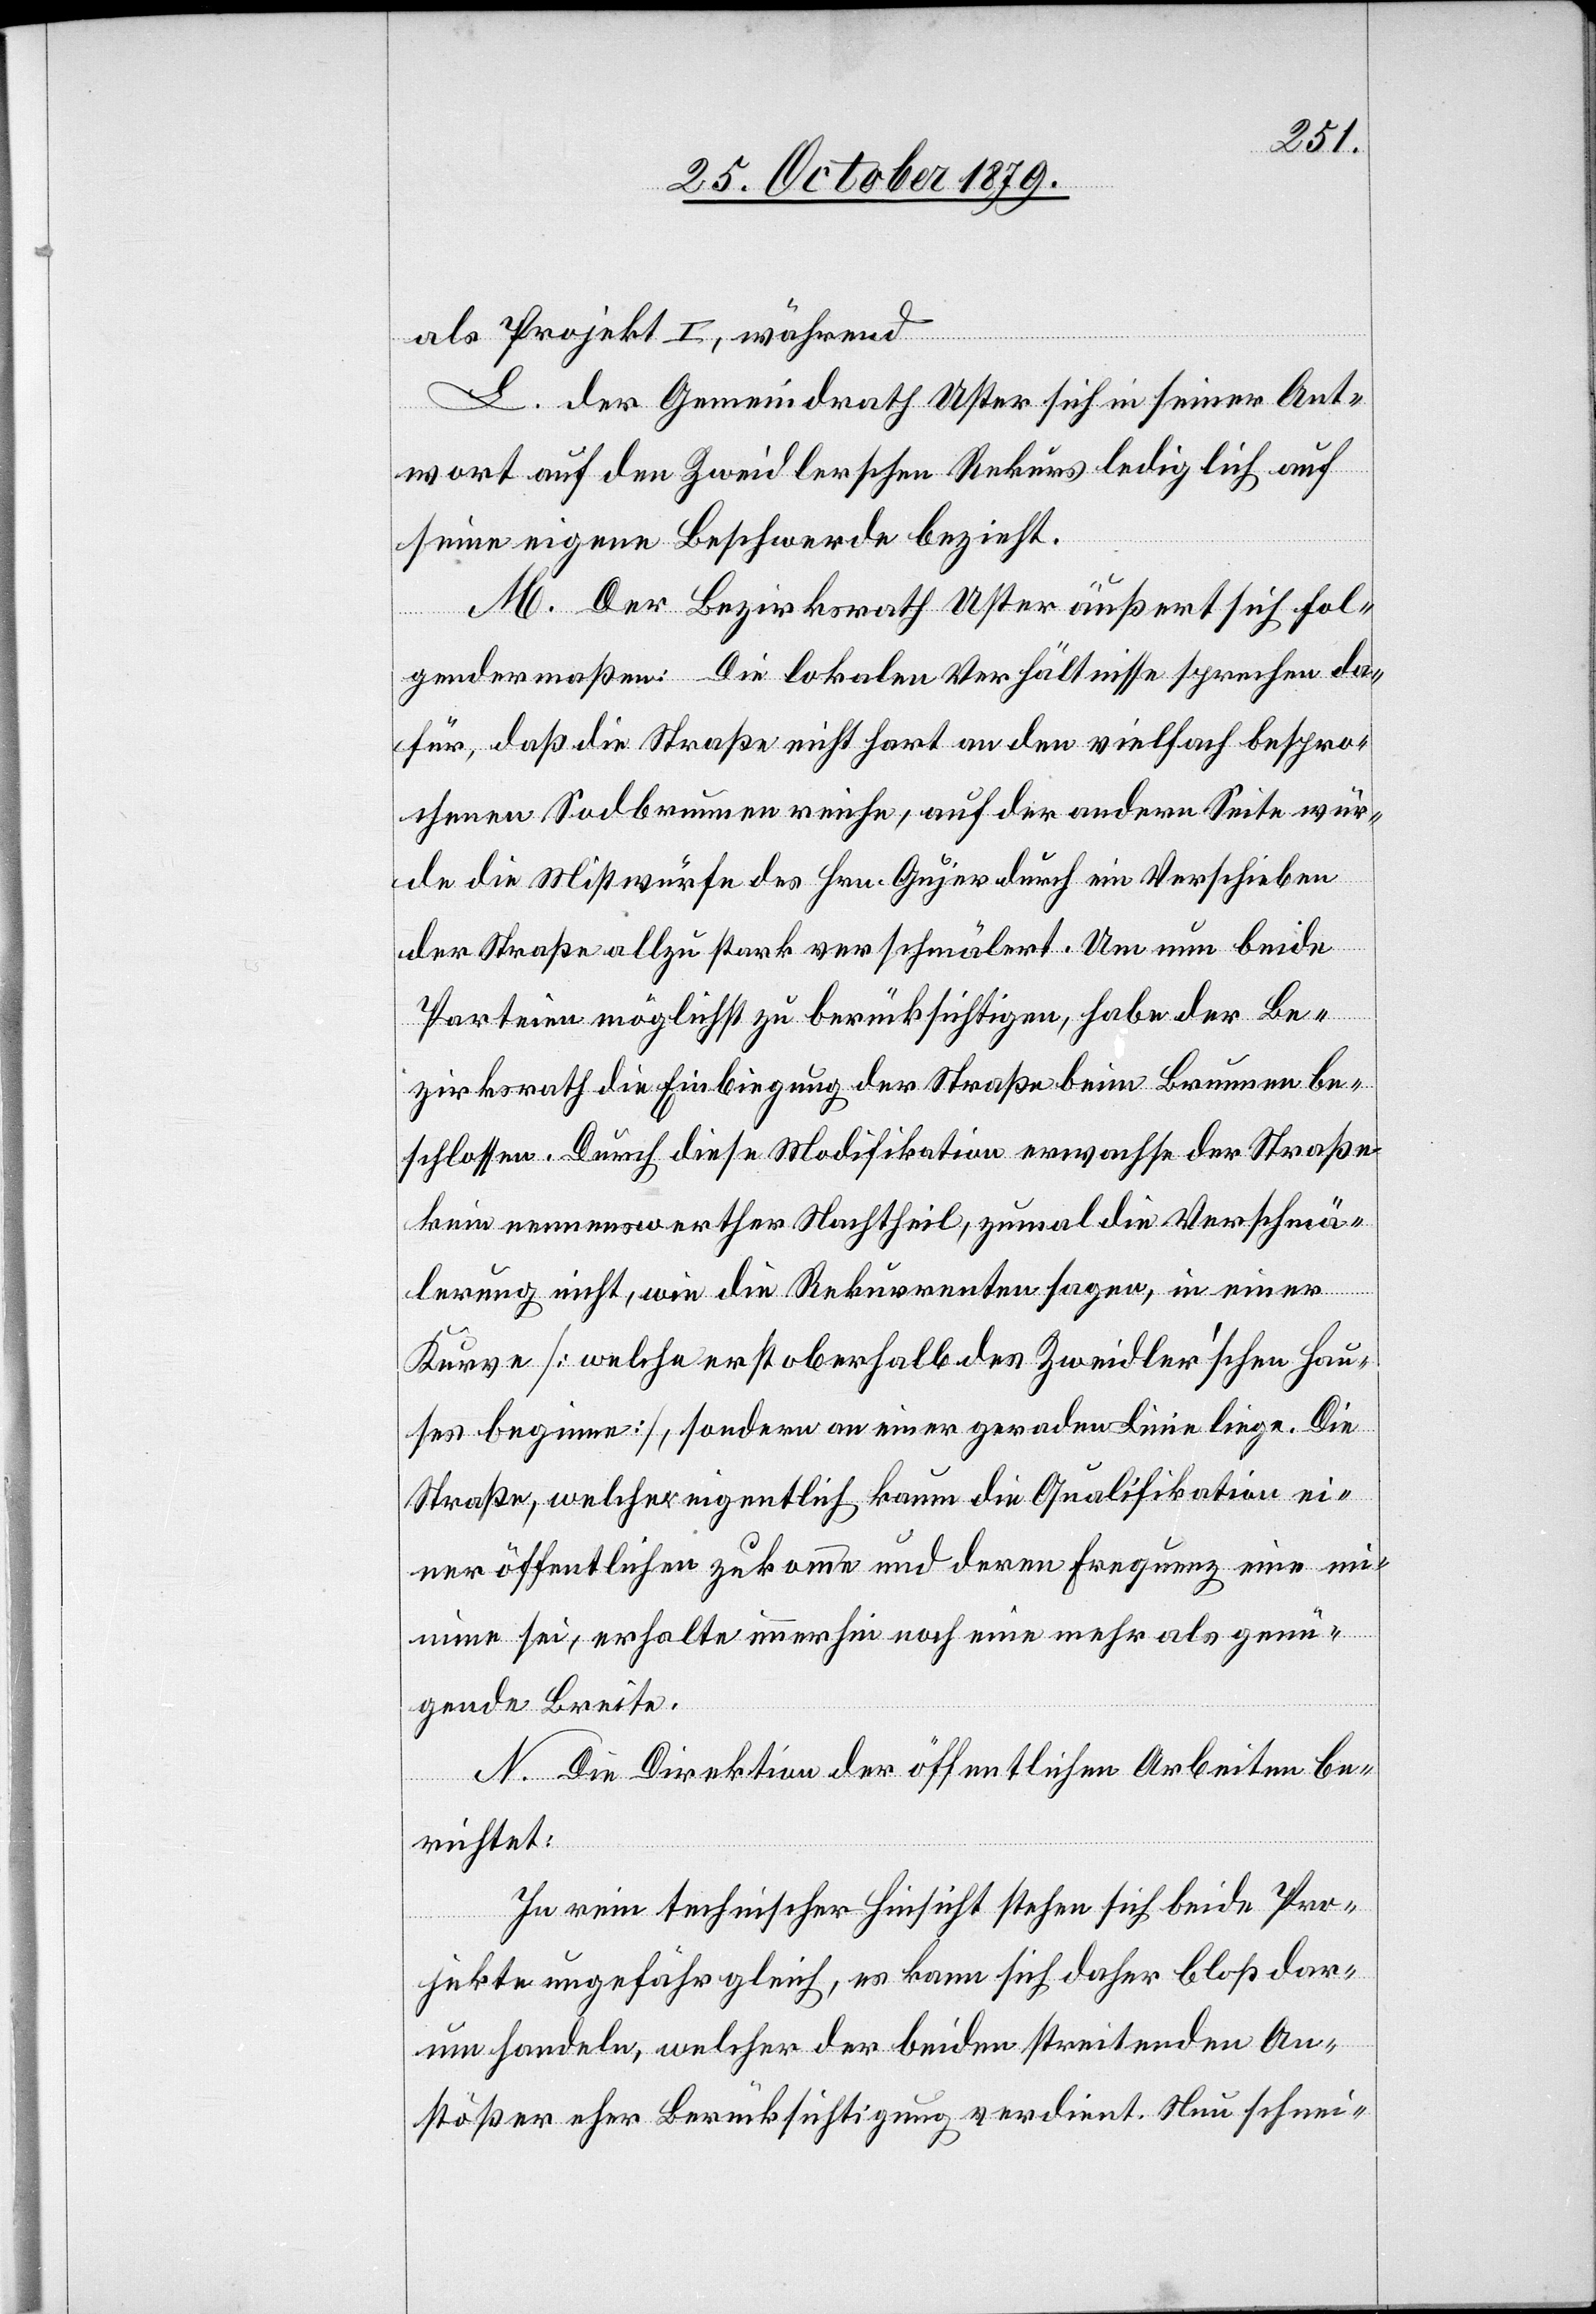
als Projekt I, während
L. der Gemeindrath Uster sich in seiner Ant¬
wort auf den Zweidlerschen Rekurs lediglich auf
seine eigene Beschwerde bezieht.
M. Der Bezirksrath Uster äußert sich fol¬
gendermaßen: Die lokalen Verhältnisse sprechen da¬
für, das die Straße nicht hart an den vielfach bespro¬
chenen Sodbrunnen reiche, auf der andern Seite wür¬
de die Mistwürfe des Hrn. Gujer durch ein Verschieben
der Straße allzu stark verschmälert. Um nun beide
Parteien möglichst zu berücksichtigen, habe der Be¬
zirksrath die Einbiegung der Straße beim Brunnen be¬
schlossen. Durch diese Modifikation erwachse der Straße
kein nennenswerther Nachtheil, zumal die Verschmä¬
lerung nicht, wie die Rekurrenten sagen, in einer
Kurve [welche erst oberhalb des Zweidler’schen Hau¬
ses beginne], sondern an einer geraden Linie liege. Die
Straße, welcher eigentlich kaum die Qualifikation ei¬
ner öffentlichen zukomme und deren Frequenz eine min¬
ime sei, erhalte immerhin noch eine mehr als genü¬
gende Breite.
N. Die Direktion der öffentlichen Arbeiten be¬
richtet:
In rein technischer Hinsicht stehen sich beide Pro¬
jekte ungefähr gleich, es kann sich daher bloß dar¬
um handeln, welcher der beiden streitenden An¬
stößer eher Berücksichtigung verdient. Neu schnei-